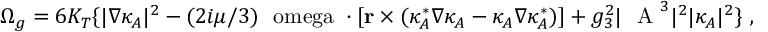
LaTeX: \Omega _ { g } = 6 K _ { T } \{ | \nabla \kappa _ { A } | ^ { 2 } - ( 2 i \mu / 3 ) \mathrm { \boldmath ~ \ o m e g a ~ } \cdot [ { \bf r } \times ( \kappa _ { A } ^ { * } \nabla \kappa _ { A } - \kappa _ { A } \nabla \kappa _ { A } ^ { * } ) ] + g _ { 3 } ^ { 2 } | \mathrm { \boldmath ~ { \cal ~ A } ~ } ^ { 3 } | ^ { 2 } | \kappa _ { A } | ^ { 2 } \} \ ,